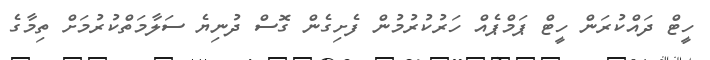
ހީޓް ދައްކުރަން ހީޓް ޕަމްޕެއް ހަރުކުރުމުން ފެށިގެން ގޮސް ދުނިޔެ ސަލާމަތްކުރުމަށް ތިމާގެ